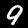
Digit: 9